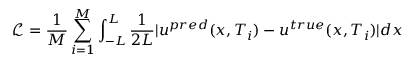
\mathcal { L } = \frac { 1 } { M } \sum _ { i = 1 } ^ { M } \int _ { - L } ^ { L } \frac { 1 } { 2 L } | u ^ { p r e d } ( x , T _ { i } ) - u ^ { t r u e } ( x , T _ { i } ) | d x